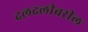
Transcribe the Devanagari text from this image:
दलदलीवरील